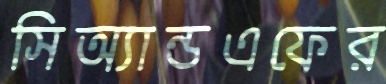
সিঅ্যান্ডএফের